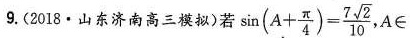
(208.山东济南高三模拟)若 $$\sin ( A +